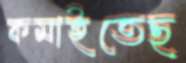
কমাইতেছ